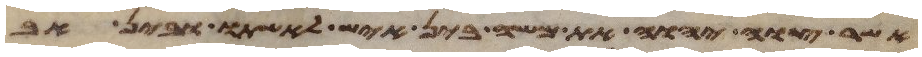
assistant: אשר צוה יהוה את משה בין איש לאשתו ובין אב